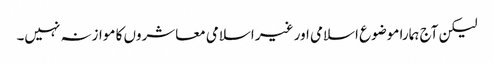
لیکن آج ہمارا موضوع اسلامی اور غیر اسلامی معاشروں کا موازنہ نہیں۔